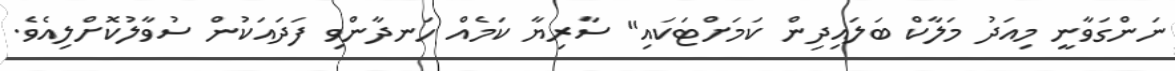
ނަންގަވާނީ މިއަދު މަލާކް ބަލައިދިން ކަމަށްޓަކައި" ސާރިޔާ ކަމެއް ހަނދާންވި ފަދައަކުން ސުވާލުކޮށްލިއެވެ.